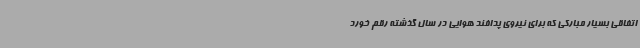
اتفاقی بسیار مبارکی که برای نیروی پدافند هوایی در سال گذشته رقم خورد